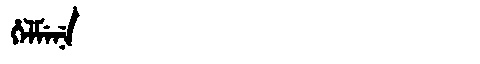
Manchu: ᡥᡝᠯᠮᡝᠨᡝ
Romanization: HELMENE